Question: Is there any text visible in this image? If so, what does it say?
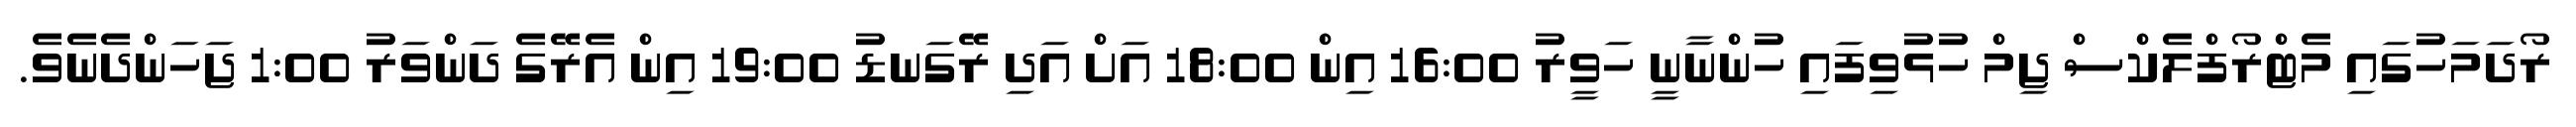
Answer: ރޯދަމަހުގައި މެޓްރޯފްލެކްސް ޖިމް ހުޅުވިފައި ހުންނާނީ ހަވީރު 16:00 އިން 18:00 އަށް އަދި ރޭގަނޑު 19:00 އިން އެރޭގެ ދަންވަރު 1:00 ޖަހަންދެނެވެ.